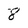
Character: 8